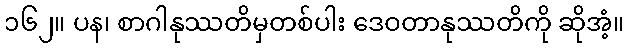
၁၆၂။ ပန၊ စာဂါနုဿတိမှတစ်ပါး ဒေဝတာနုဿတိကို ဆိုအံ့။